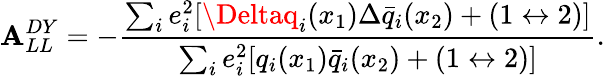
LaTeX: \mathbf{A}_{LL}^{DY}=-{\frac{{\sum_{i}e_{i}^{2}[\Deltaq_{i}(x_{1})\Delta\bar{{q}}_{i}(x_{2})+(1\leftrightarrow2)]}}{{\sum_{i}e_{i}^{2}[q_{i}(x_{1})\bar{{q}}_{i}(x_{2})+(1\leftrightarrow2)]}}}.